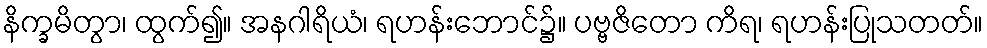
နိက္ခမိတွာ၊ ထွက်၍။ အနဂါရိယံ၊ ရဟန်းဘောင်၌။ ပဗ္ဗဇိတော ကိရ၊ ရဟန်းပြုသတတ်။